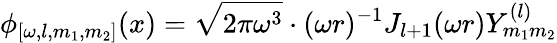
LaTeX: \phi_{[\omega,l,m_{1},m_{2}]}(x)=\sqrt{2\pi\omega^{3}}\cdot(\omega r)^{-1}J_{l+1}(\omega r)Y_{m_{1}m_{2}}^{(l)}